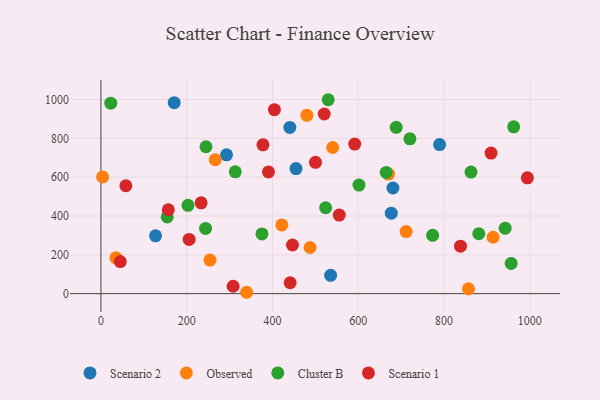
{"axis": {"x": "Investment", "y": "Profit"}, "legend": ["Cluster B", "Observed", "Scenario 1", "Scenario 2"], "data": [{"x": "440.4", "y": 856.2, "type": "Scenario 2"}, {"x": "535.6", "y": 94.6, "type": "Scenario 2"}, {"x": "170.8", "y": 983.4, "type": "Scenario 2"}, {"x": "454.8", "y": 644.3, "type": "Scenario 2"}, {"x": "127.3", "y": 297.8, "type": "Scenario 2"}, {"x": "677.0", "y": 414.7, "type": "Scenario 2"}, {"x": "292.8", "y": 715.2, "type": "Scenario 2"}, {"x": "680.8", "y": 544.2, "type": "Scenario 2"}, {"x": "789.6", "y": 768.0, "type": "Scenario 2"}, {"x": "914.4", "y": 290.4, "type": "Observed"}, {"x": "266.4", "y": 689.6, "type": "Observed"}, {"x": "421.7", "y": 353.8, "type": "Observed"}, {"x": "711.6", "y": 319.7, "type": "Observed"}, {"x": "487.5", "y": 237.8, "type": "Observed"}, {"x": "35.1", "y": 184.4, "type": "Observed"}, {"x": "540.3", "y": 752.8, "type": "Observed"}, {"x": "857.0", "y": 25.1, "type": "Observed"}, {"x": "670.5", "y": 615.9, "type": "Observed"}, {"x": "339.7", "y": 7.1, "type": "Observed"}, {"x": "480.2", "y": 918.4, "type": "Observed"}, {"x": "3.9", "y": 601.1, "type": "Observed"}, {"x": "254.3", "y": 172.7, "type": "Observed"}, {"x": "688.5", "y": 856.4, "type": "Cluster B"}, {"x": "956.5", "y": 155.9, "type": "Cluster B"}, {"x": "881.0", "y": 308.8, "type": "Cluster B"}, {"x": "942.5", "y": 337.4, "type": "Cluster B"}, {"x": "243.9", "y": 335.9, "type": "Cluster B"}, {"x": "375.4", "y": 307.7, "type": "Cluster B"}, {"x": "962.4", "y": 859.4, "type": "Cluster B"}, {"x": "154.6", "y": 395.0, "type": "Cluster B"}, {"x": "203.0", "y": 454.8, "type": "Cluster B"}, {"x": "244.9", "y": 756.6, "type": "Cluster B"}, {"x": "773.4", "y": 300.2, "type": "Cluster B"}, {"x": "313.2", "y": 627.4, "type": "Cluster B"}, {"x": "523.9", "y": 442.5, "type": "Cluster B"}, {"x": "22.9", "y": 981.1, "type": "Cluster B"}, {"x": "862.9", "y": 626.1, "type": "Cluster B"}, {"x": "529.9", "y": 998.8, "type": "Cluster B"}, {"x": "665.1", "y": 624.3, "type": "Cluster B"}, {"x": "601.7", "y": 559.0, "type": "Cluster B"}, {"x": "720.4", "y": 797.5, "type": "Cluster B"}, {"x": "377.8", "y": 766.5, "type": "Scenario 1"}, {"x": "838.4", "y": 244.7, "type": "Scenario 1"}, {"x": "390.6", "y": 627.2, "type": "Scenario 1"}, {"x": "994.3", "y": 596.8, "type": "Scenario 1"}, {"x": "441.2", "y": 56.1, "type": "Scenario 1"}, {"x": "205.7", "y": 279.3, "type": "Scenario 1"}, {"x": "591.7", "y": 770.6, "type": "Scenario 1"}, {"x": "58.1", "y": 555.7, "type": "Scenario 1"}, {"x": "308.2", "y": 38.2, "type": "Scenario 1"}, {"x": "520.6", "y": 925.4, "type": "Scenario 1"}, {"x": "404.5", "y": 947.3, "type": "Scenario 1"}, {"x": "555.7", "y": 404.8, "type": "Scenario 1"}, {"x": "446.6", "y": 250.6, "type": "Scenario 1"}, {"x": "233.6", "y": 467.8, "type": "Scenario 1"}, {"x": "500.3", "y": 676.6, "type": "Scenario 1"}, {"x": "157.1", "y": 432.1, "type": "Scenario 1"}, {"x": "45.1", "y": 165.4, "type": "Scenario 1"}, {"x": "909.6", "y": 723.9, "type": "Scenario 1"}]}